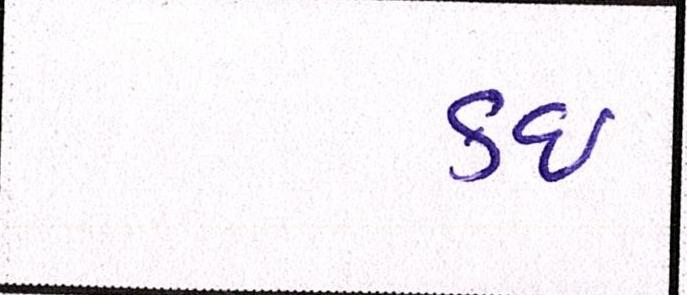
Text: કઇ